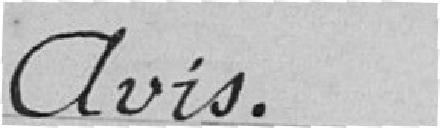
Avis